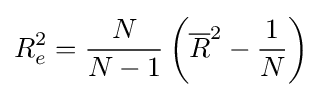
R_{e}^{2}={\frac {N}{N-1}}\left({\overline {R}}^{2}-{\frac {1}{N}}\right)